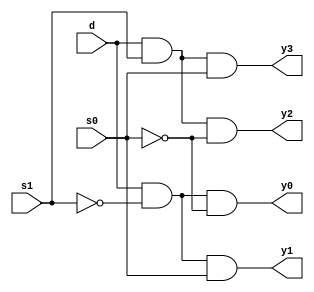
module demux (y0, y1, y2, y3, s0, s1, d);
  output y0, y1, y2, y3; // Output ports y0, y1, y2, y3
  input s0, s1;          // Input ports s0, s1 (select inputs)
  input d;               // Input port d (data input)

  assign y0 = (d & ~s1 & ~s0);
  assign y1 = (d & ~s1 & s0);
  assign y2 = (d & s1 & ~s0);
  assign y3 = (d & s1 & s0);
endmodule